Vaccination in the Punjab 1883-1896 - 1883-1896
Year: 1883
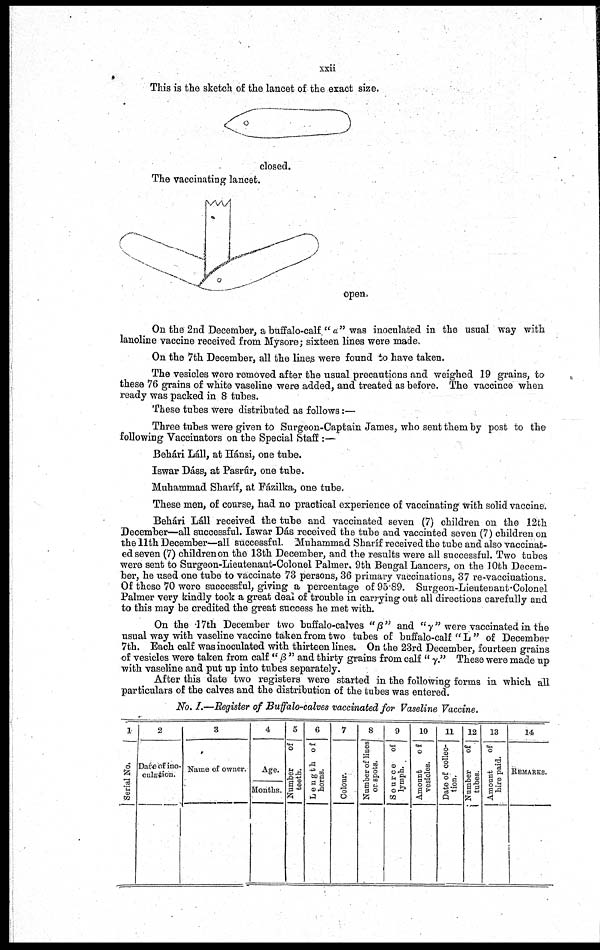
xxii
This is the sketen of tne lancet of the exact size.
\img\
On the 2nd December, a buffalo-calf " a" was inoculated in the usual way with
lanoline vaccine received from Mysore; sixteen lines were made.
On the 7th December, all the lines were found to have taken.
The vesicles Were removed after the usual precautions and weighed 19 grains, to
these 76 grains of white vaseline were added, and treated as before. The vaccince when
ready was packed in 8 tubes.
These tubes were distributed as follows:—
Three tubes were given to Surgeon-Captain James, who sent them by post to the
following Vaccinators on the Special Staff :—
Behári Láll, at Hánsi, one tube.
Iswar Dáss, at Pasrúr, one tube.
Muhammad Sharíf, at Fázilka, one tube.
These men, of course, had no practical experience of vaccinating with solid vaccine.
Behári Láll received the tube and vaccinated seven (7) children on the 12th
December—all successful. Iswar Dás received the tube and vaccinted seven (7) children on
the 11th December—all successful. Muhammad Sharíf received the tube and also vaccinat-
ed seven (7) children on the 13th December, and the results were all successful. Two tubes
were sent to Surgeon-Lieutenant-Colonel Palmer. 9th Bengal Lancers, on the 10th Decem-
ber, he used one tube to vaccinate 73 persons, 36 primary vaccinations, 37 re-vaccinations.
Of these 70 were successful, giving a percentage of 95.89. Surgeon-Lieutenant Colonel
Palmer very kindly took a great deal of trouble in carrying out all directions carefully and
to this may be credited the great success he met with.
On the 17th December two buffalo-calves "β" and "γ" were vaccinated in the
usual way with vaseline vaccine taken from two tubes of buffalo-calf " L " of December
7th. Each calf was inoculated with thirteen lines. On the 23rd December, fourteen grains
of vesicles were taken from calf "β" and thirty grains from calf "γ" These were made up
with vaseline and put up into tubes separately.
After this date two registers were started in the following forms in which all
particulars of the calves and the distribution of the tubes was entered.
No. I.—Register of Buffalo-calves vaccinated for Vaseline Vaccine.
1
Serial No.
2
Date of ino
culation.
3
Name of owner.
4
Age.
Months.
5
Number
of
teeth.
6
Length of
horns.
7
Colour.
8
Number of lines
or spots.
9
Source of
lymph.
10
Amount o f
vesicles.
11
Date of collec
tion.
12
Number
of
tubes.
13
Amount
of
hire paid.
14
Remarks.